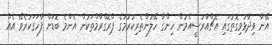
އޭނާ ވިދާޅުވިގޮތުގައި އެޗްއާރުސީއެމުން ހިންގާ ހޭލުންތެރިކުރުމުގެ ޕްރޮގްރާމްތަކުން އެންމެ ބޮޑަށް ފާހަގަކުރެވޭ އެއް